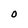
Character: O